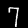
Label: 7